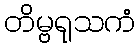
တိမ္ဗရုသကံ